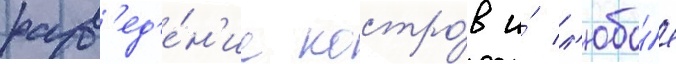
разв'ед'е́н'ие костро́в и́ л'юбо́е